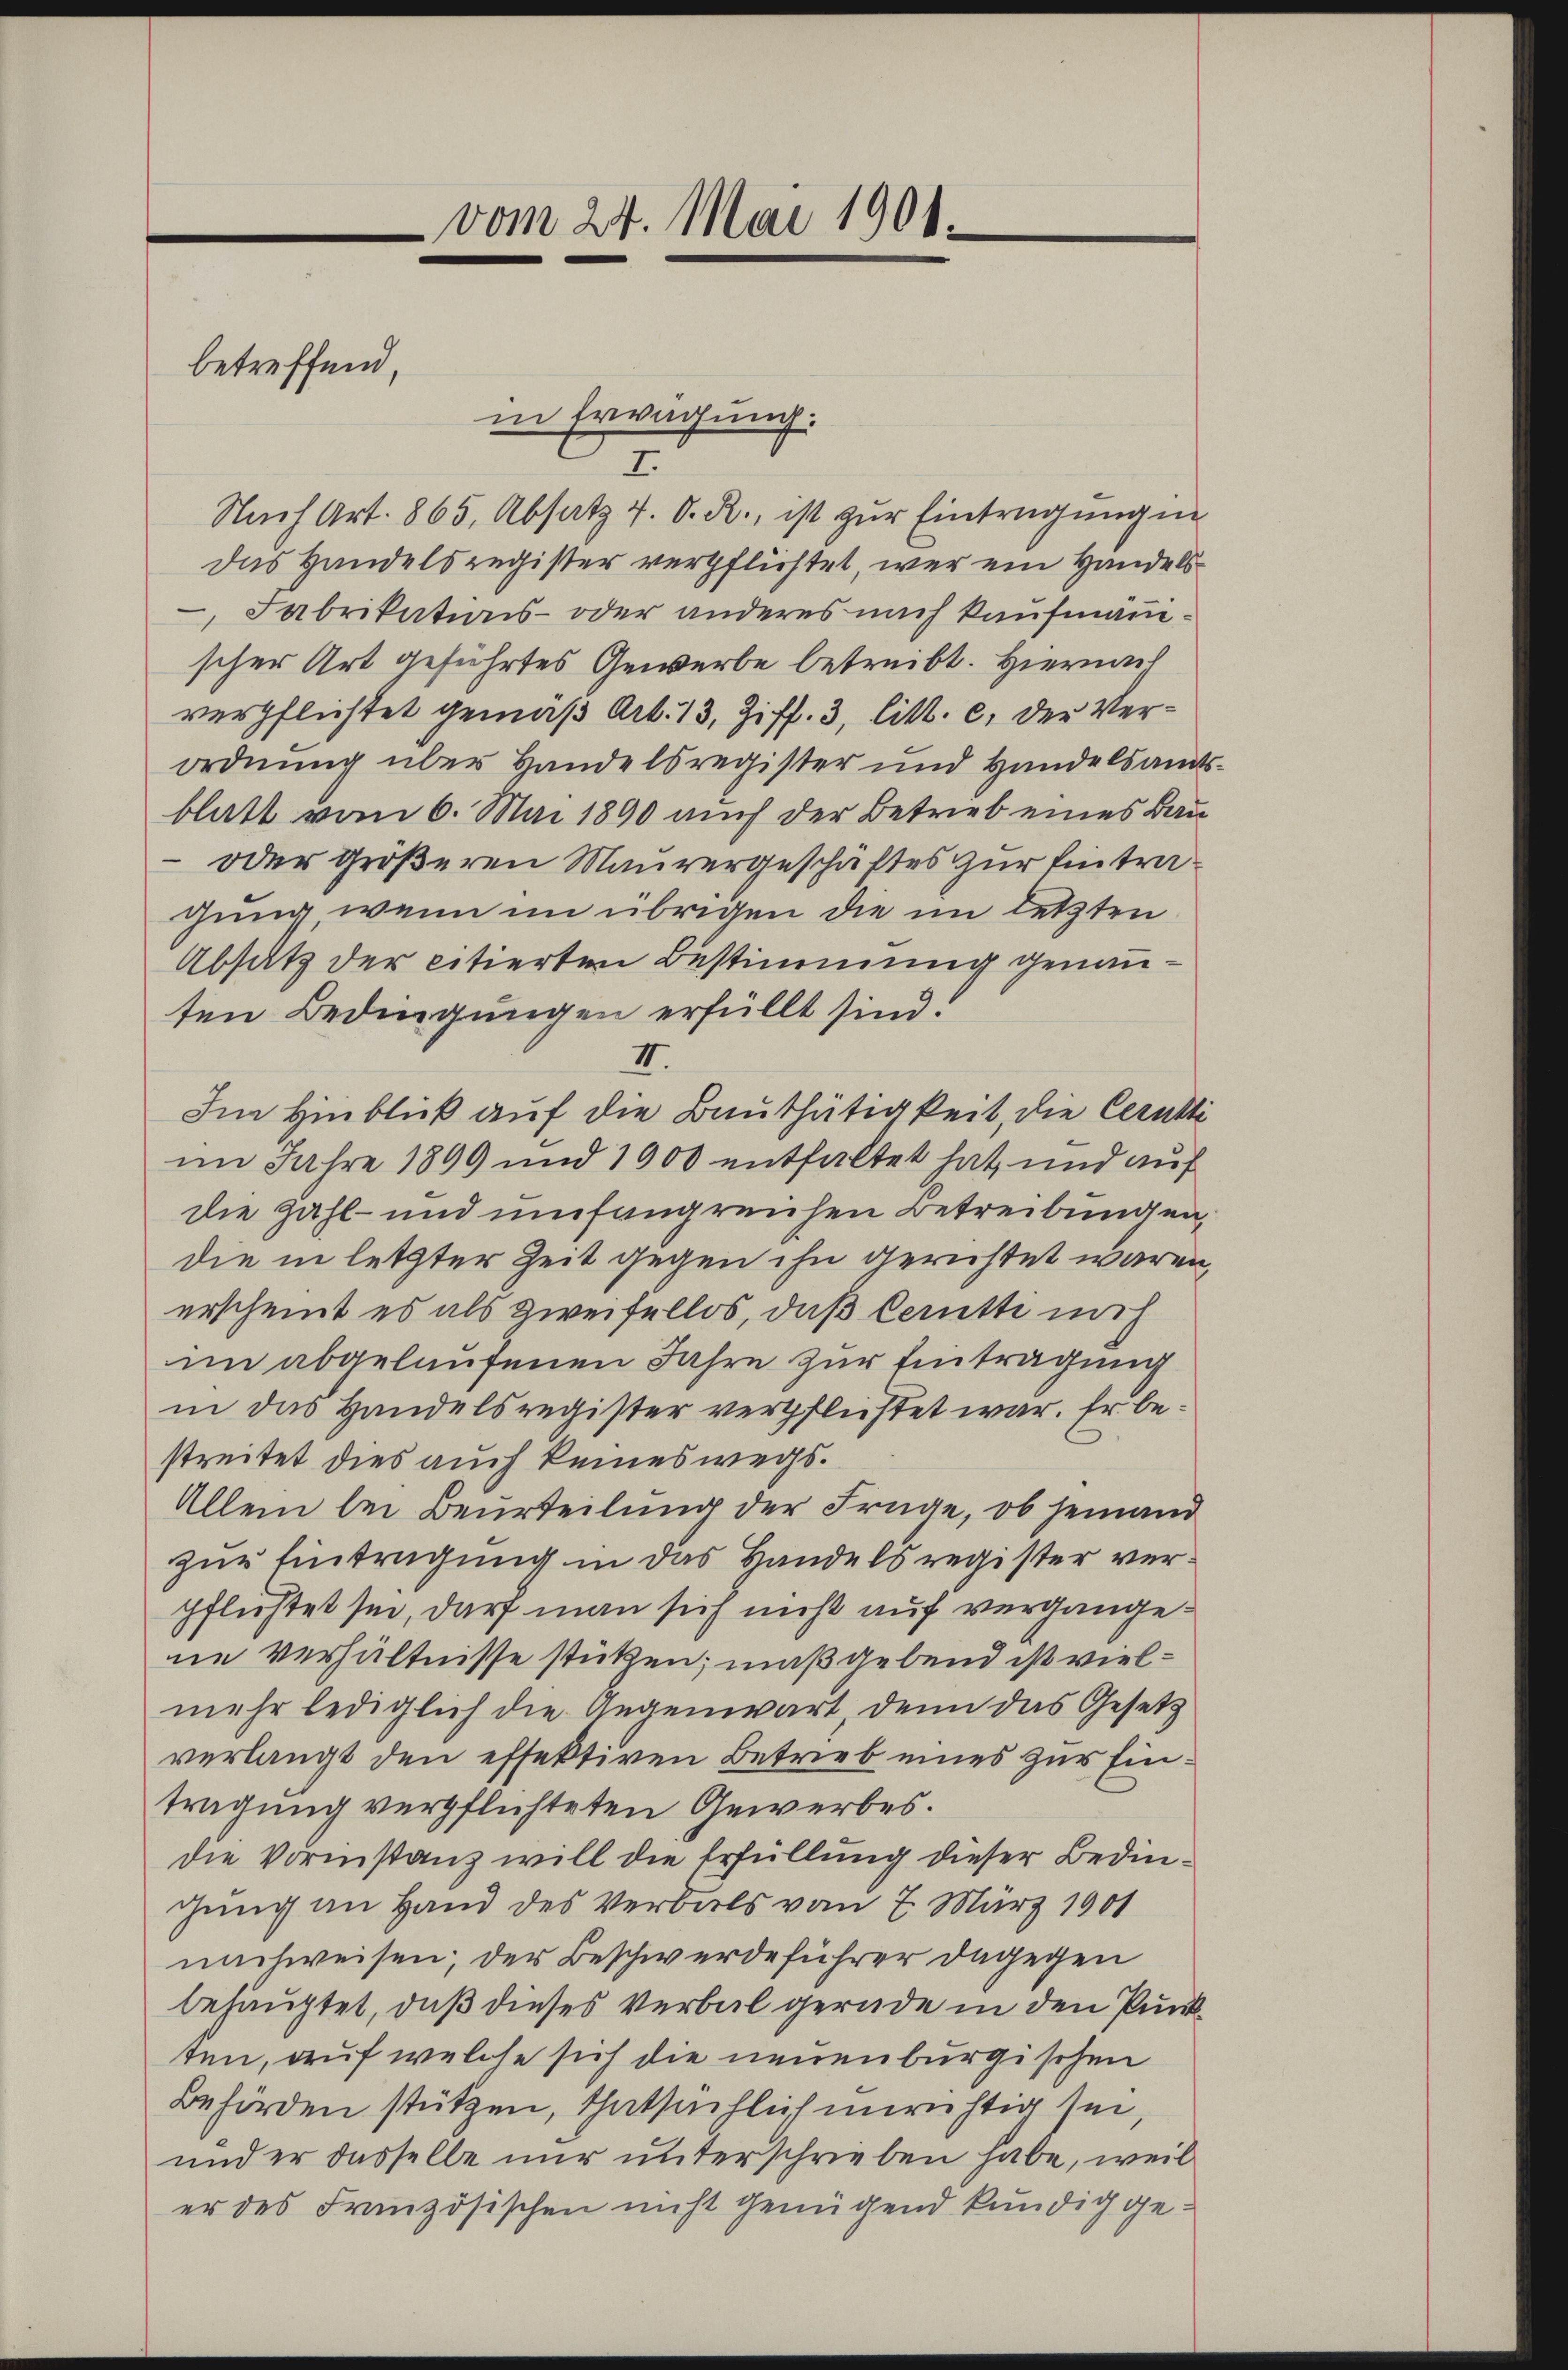
betreffend,

vom 24. Mai 1901.

7.
Nach Art. 865, Absatz 7. O. R. ist zŭr Eintragung in
das Handelsregister verpflichtet, wer ein Handels¬
 Fabrikations- oder anderes nach kaufmänn
scher Art geführtes Gewerbe betreibt. Hiernach
verpflichtet gemäß Art. 13, Ziff. 3, litt. c. der Verordnung über Handelsregister und Handelsam
blatt vom 6. Mai 1890 auch der Betrieb eines Bau¬
- oder größeren Maurergeschaftes zur Eintragung, wenn im übrigen die im letzten
Absatz der citierten Bestimmung genannten Bedingungen erfüllt sind.
II.
Im Hinblick auf die Bauthätigkeit, die Ceruthe
im Jahre 1899 und 1000 entfaltet hat, und auf
die Zahl- und umfangreichen Betreibungen,
die in letzter Zeit gegen ihn gerichtet waren
erscheint es als zweifellos, daß Cerütte noch
im abgelaufenen Jahre zur Eintragung
in das Handelsregister verpflichtet war. Er bestreitet dies auch keineswegs.
Allein bei Beurteilung der Frage, ob jemand
zur Eintragung in das Handelsregister verpflüchtet sei, darf man sich nicht auf vergangene Verhältnisse stüken; maßgebend ist vielmehr lediglich die Gegenwart denn das Gesetz
verlangt den effektiven Betrieb eines zur Eintragung verpflichteten Gewerbes.
die Vorinstanz will die Erfüllung dieser Bedingung an Hand des Verbals vom 7. März 1901
nachweisen; der Beschwerdeführer dagegen
behauptet, daß dieses Verbal gerade in den Punkten, auf welche sich die neuenburgischen
Behörden stützen, thatsächlich unrichtig sei,
und er dasselbe nur unterschrieben habe, weil
er des Französischen nicht genügend kundig ge¬

in Erwägung:

t

.